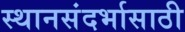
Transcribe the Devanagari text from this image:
स्थानसंदर्भासाठी